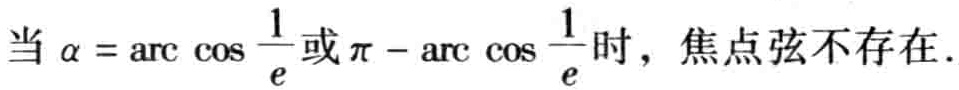
当 $\alpha = \arccos \frac{1}{e}$ 或 $\pi - \arccos \frac{1}{e}$ 时，焦点弦不存在.